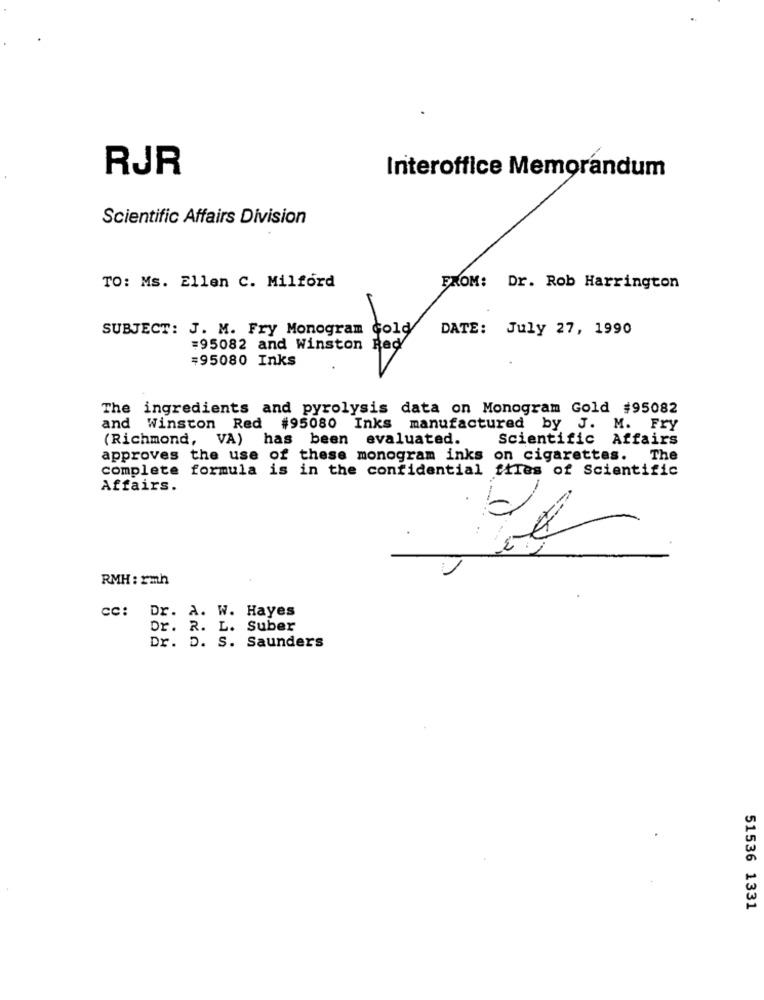
RJR
Interoffice Memorandum
Scientific Affairs Division
TO: Ms. Ellen C. Milford
FROM: Dr. Rob Harrington
SUBJECT: J. M. Fry Monogram Gold
DATE: July 27, 1990
#95082 and Winston Red
#95080 Inks
The ingredients and pyrolysis data on Monogram Gold #95082
and Winston Red #95080 Inks manufactured by J. M. Fry
(Richmond, VA) has been evaluated.
Scientific Affairs
approves the use of these monogram inks on cigarettes. The
complete formula is in the confidential files of Scientific
Affairs.
-
RMH : rmh
cc: Dr. A. W. Hayes
Dr. R. L. Suber
Dr. D. S. Saunders
51536 1331